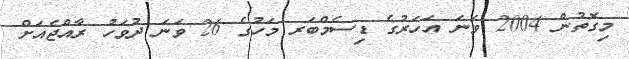
މިގޮތުން 2004 ވަނަ އަހަރުގެ ޑިސެމްބަރ މަހުގެ 26 ވަނަ ދުވަހު ރާއްޖެއަށް